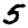
Digit: 5